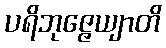
ပရိဘုဇ္ဇေယျာတိ